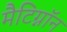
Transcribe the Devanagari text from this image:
मैटिग्नॉन